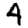
Digit: 4